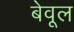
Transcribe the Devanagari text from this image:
बेवूल